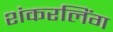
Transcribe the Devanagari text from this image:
शंकरलिंग